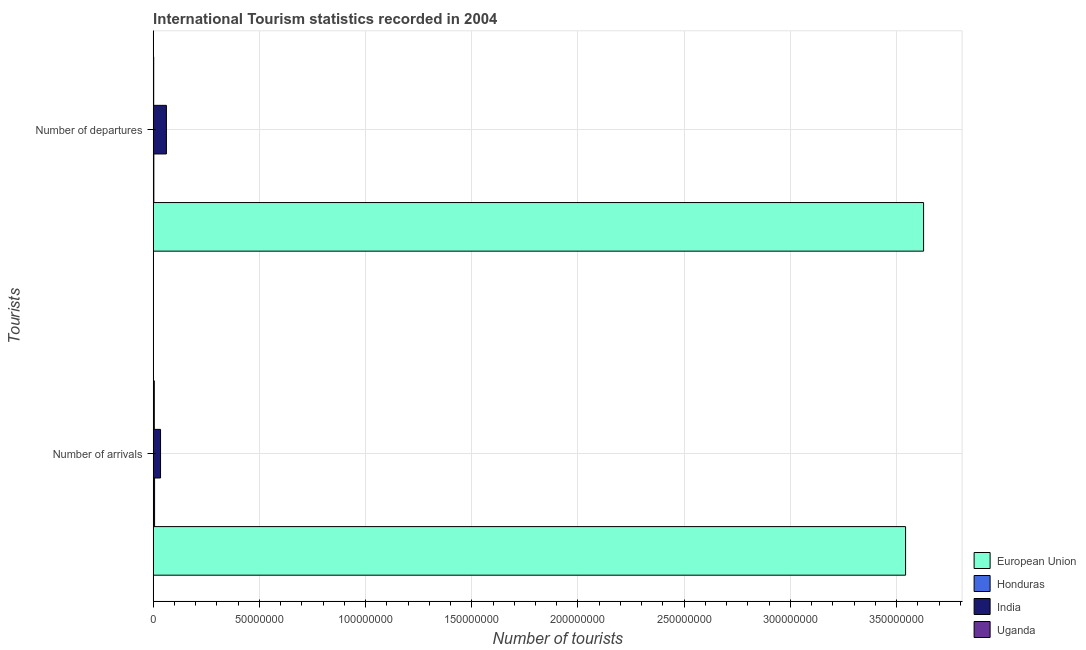
| Tourists | European Union | Honduras | India | Uganda |
 | --- | --- | --- | --- | --- |
 | Number of arrivals | 3.54e+08 | 6.41e+05 | 3.46e+06 | 5.12e+05 |
 | Number of departures | 3.63e+08 | 2.95e+05 | 6.21e+06 | 2.31e+05 |